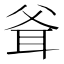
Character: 𰭶